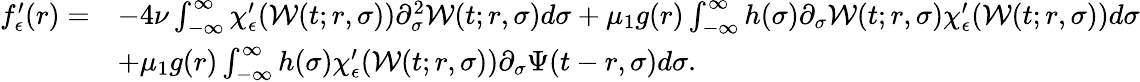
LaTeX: \begin{array}{rl}{f_{\epsilon}^{\prime}(r)=}&{-4\nu\int_{-\infty}^{\infty}\chi_{\epsilon}^{\prime}(\mathcal{W}(t;r,\sigma))\partial_{\sigma}^{2}\mathcal{W}(t;r,\sigma)d\sigma+\mu_{1}g(r)\int_{-\infty}^{\infty}h(\sigma)\partial_{\sigma}\mathcal{W}(t;r,\sigma)\chi_{\epsilon}^{\prime}(\mathcal{W}(t;r,\sigma))d\sigma}\\ &{+\mu_{1}g(r)\int_{-\infty}^{\infty}h(\sigma)\chi_{\epsilon}^{\prime}(\mathcal{W}(t;r,\sigma))\partial_{\sigma}\Psi(t-r,\sigma)d\sigma.}\end{array}